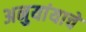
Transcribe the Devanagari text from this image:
अनुयांयाचे